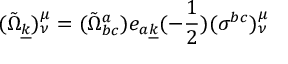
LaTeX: ( { \tilde { \Omega } } _ { \underline { { { k } } } } ) _ { \nu } ^ { \mu } = ( { \tilde { \Omega } } _ { b c } ^ { a } ) e _ { a \underline { { { k } } } } ( - { \frac { 1 } { 2 } } ) ( \sigma ^ { b c } ) _ { \nu } ^ { \mu }